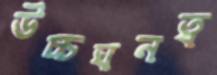
উচ্চঘনত্ব